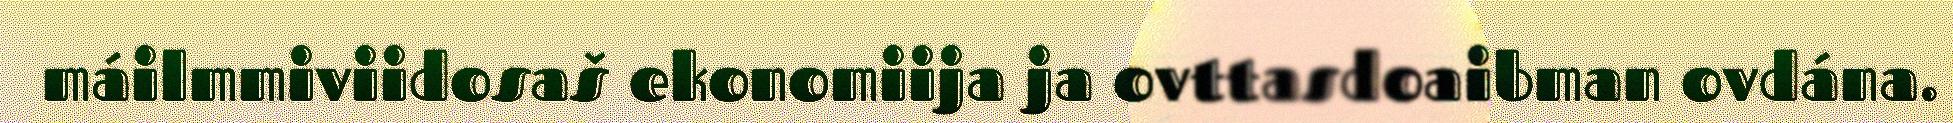
máilmmiviidosaš ekonomiija ja ovttasdoaibman ovdána.